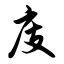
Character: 庋